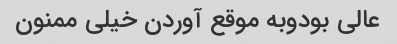
عالی بودوبه موقع آوردن خیلی ممنون